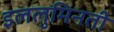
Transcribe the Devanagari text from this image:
इललुमिनती